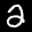
Label: 2